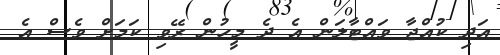
އަދި ކުއްޖާ ވައްޓާލަން އެ ދެ މީހުން ރޭވި ކަމަށް ވެސް އެ